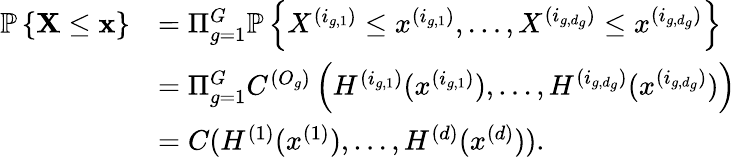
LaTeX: \begin{array}{rl}{\mathbb{P}\left\{ \textbf{X}\leq\textbf{x}\right\} }&{=\Pi_{g=1}^{G}\mathbb{P}\left\{ X^{(i_{g,1})}\leq x^{(i_{g,1})},\dots,X^{(i_{g,d_{g}})}\leq x^{(i_{g,d_{g}})}\right\} }\\ &{=\Pi_{g=1}^{G}C^{(O_{g})}\left(H^{(i_{g,1})}(x^{(i_{g,1})}),\dots,H^{(i_{g,d_{g}})}(x^{(i_{g,d_{g}})})\right)}\\ &{=C(H^{(1)}(x^{(1)}),\dots,H^{(d)}(x^{(d)})).}\end{array}